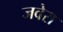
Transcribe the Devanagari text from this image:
जवेरा